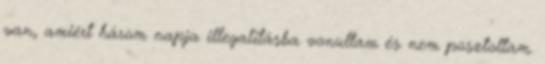
van, amiért három napja illegalitásba vonultam és nem posztoltam.